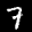
Label: 7